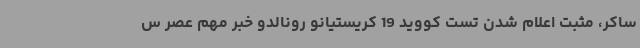
ساکر، مثبت اعلام شدن تست کووید 19 کریستیانو رونالدو خبر مهم عصر س